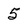
Character: 5